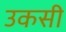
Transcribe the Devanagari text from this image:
उकसी